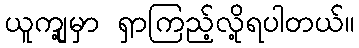
ယူကျု့မှာ ရှာကြည့်လို့ရပါတယ်။